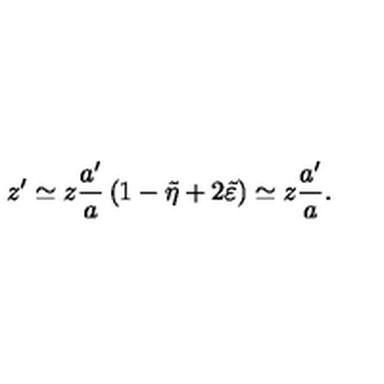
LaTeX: z ^ { \prime } \simeq z \frac { a ^ { \prime } } { a } \left( 1 - \tilde { \eta } + 2 \tilde { \varepsilon } \right) \simeq z \frac { a ^ { \prime } } { a } .